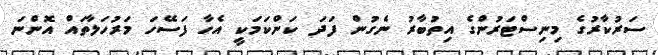
ސަރުކާރުގެ މިނިސްޓަރުންގެ އިތުބާރު ނެގުން ފަދަ ކަންކަމަކީ އެހާ ފަސޭހަ މަރުހަލާތައް އޮންނަ